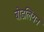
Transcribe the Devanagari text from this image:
बोडलियन